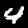
Label: 4